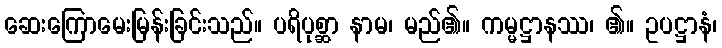
ဆေးကြောမေးမြန်းခြင်းသည်။ ပရိပုစ္ဆာ နာမ၊ မည်၏။ ကမ္မဋ္ဌာနဿ၊ ၏။ ဥပဋ္ဌာနံ၊